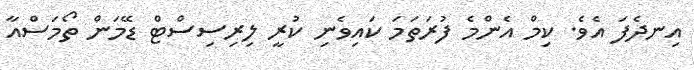
އިނދެފަ އެވެ. ކިމް އެންމެ ފުރަތަމަ ކައިވެނި ކުރީ ލިރިސިސްޓް ޑޭމަން ތޯމަސްއާ